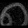
Digit: ၈